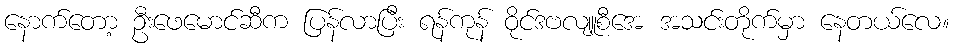
နောက်တော့ ဦးဖေမောင်ဆီက ပြန်လာပြီး ရန်ကုန် ဝိုင်ဒဗလျူစီအေ အသင်းတိုက်မှာ နေတယ်လေ။